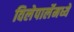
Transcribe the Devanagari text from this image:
विलेपार्लेमध्ये